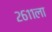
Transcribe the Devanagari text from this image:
२६११ला